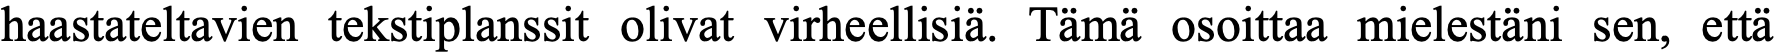
haastateltavien tekstiplanssit olivat virheellisiä. Tämä osoittaa mielestäni sen, että